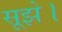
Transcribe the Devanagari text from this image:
सूझे।